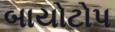
બાયોટોપ